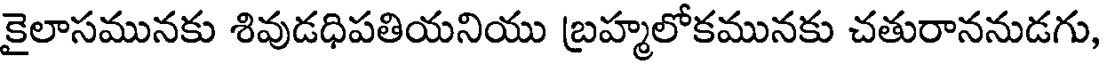
కైలాసమునకు శివుడధిపతియనియు బ్రహ్మలోకమునకు చతురాననుడగు,